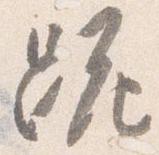
跪